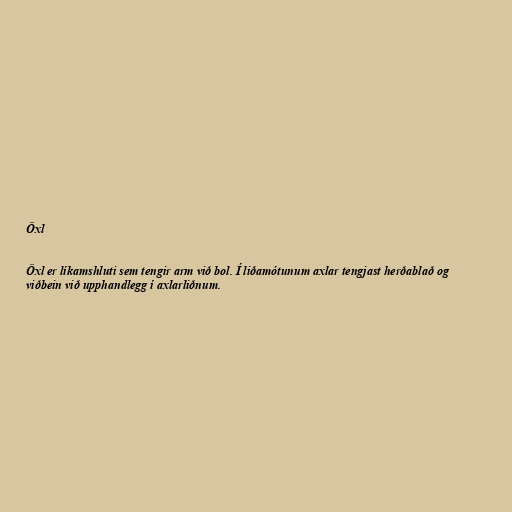
Öxl

Öxl er líkamshluti sem tengir arm við bol. Í liðamótunum axlar tengjast herðablað og
viðbein við upphandlegg í axlarliðnum.